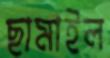
ছামাইল